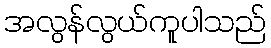
အလွန်လွယ်ကူပါသည်